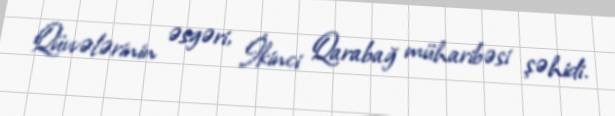
Qüvvələrinin əsgəri, İkinci Qarabağ müharibəsi şəhidi.